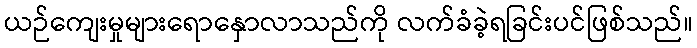
ယဉ်ကျေးမှုများရောနှောလာသည်ကို လက်ခံခဲ့ရခြင်းပင်ဖြစ်သည်။